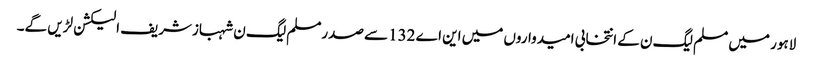
لاہور میں مسلم لیگ ن کے انتخابی امیدواروں میں این اے 132سے صدرمسلم لیگ ن شہبازشریف الیکشن لڑیں گے۔